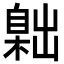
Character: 𦤙